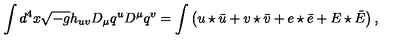
\int d ^ { 4 } x \sqrt { - g } h _ { u v } D _ { \mu } q ^ { u } D ^ { \mu } q ^ { v } = \int \left( u \star \bar { u } + v \star \bar { v } + e \star \bar { e } + E \star \bar { E } \right) ,